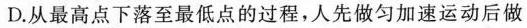
D.从最高点下落至最低点的过程，人先做匀加速运动后做